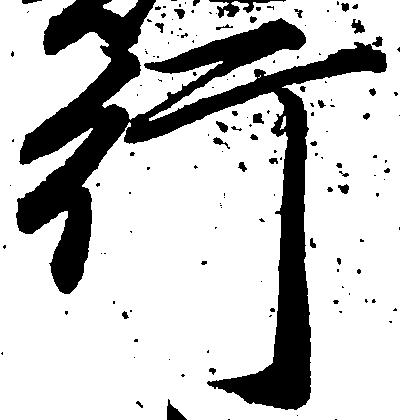
行